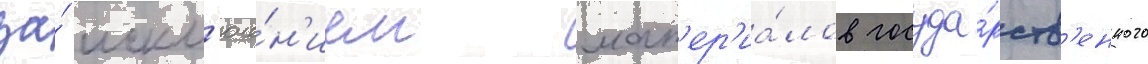
за́ искл'юче́н'ием мат'ер'иа́лов госуда́рств'енного